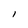
Character: l